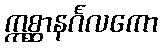
ဣစ္ဆာနင်္ဂလကော